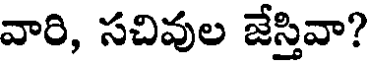
వారి, సచివుల జేస్తివా?